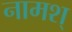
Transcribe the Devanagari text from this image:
नामश्